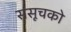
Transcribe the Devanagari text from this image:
संसूचको